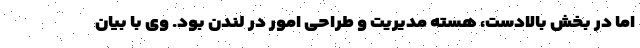
اما در بخش بالادست، هسته مدیریت و طراحی امور در لندن بود. وی با بیان